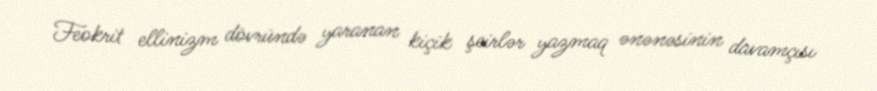
Feokrit ellinizm dövründə yaranan kiçik şeirlər yazmaq ənənəsinin davamçısı